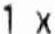
1 X